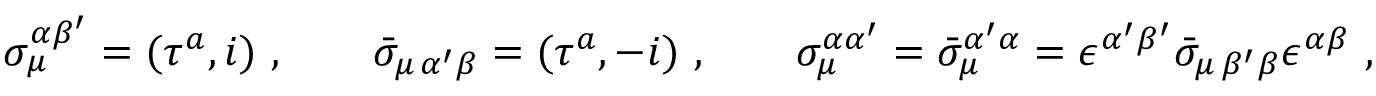
\sigma _ { \mu } ^ { \alpha \beta ^ { \prime } } = ( \tau ^ { a } , i ) \ , \qquad \bar { \sigma } _ { \mu \, \alpha ^ { \prime } \beta } = ( \tau ^ { a } , - i ) \ , \qquad \sigma _ { \mu } ^ { \alpha \alpha ^ { \prime } } = \bar { \sigma } _ { \mu } ^ { \alpha ^ { \prime } \alpha } = \epsilon ^ { \alpha ^ { \prime } \beta ^ { \prime } } \bar { \sigma } _ { \mu \, \beta ^ { \prime } \beta } \epsilon ^ { \alpha \beta } \ ,